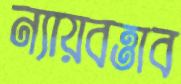
ন্যায়বত্তাব